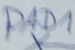
Text: PAD1